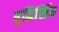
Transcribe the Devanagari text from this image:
बृद्धिसिंघ